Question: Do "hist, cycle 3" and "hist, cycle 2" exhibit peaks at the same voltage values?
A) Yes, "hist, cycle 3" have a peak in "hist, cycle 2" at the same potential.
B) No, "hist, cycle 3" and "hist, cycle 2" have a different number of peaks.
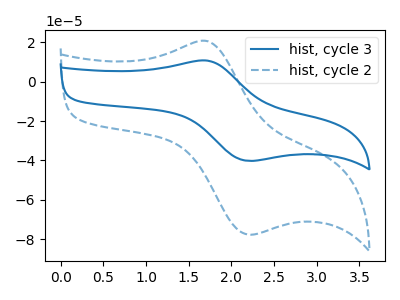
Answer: <think>The blue curve "hist, cycle 3" has an anodic peak at (1.70V, 10.65uA) and a cathodic peak at (2.20V, -40.20uA). The blue dashed curve "hist, cycle 2" has an anodic peak at (1.70V, 20.50uA) and a cathodic peak at (2.20V, -77.60uA).</think>
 <answer>A) Yes, "hist, cycle 3" have a peak in "hist, cycle 2" at the same potential.</answer>
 <eval>A</eval>